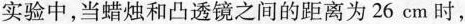
实验中，当蜡烛和凸透镜之间的距离为26cm时，